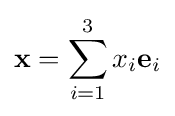
\mathbf {x} =\sum _{i=1}^{3}x_{i}\mathbf {e} _{i}